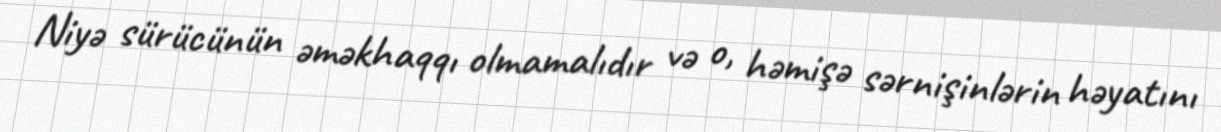
Niyə sürücünün əməkhaqqı olmamalıdır və o, həmişə sərnişinlərin həyatını